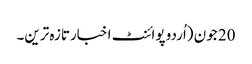
20 جون (اُردو پوائنٹ اخبارتازہ ترین۔